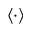
\langle \cdot \rangle